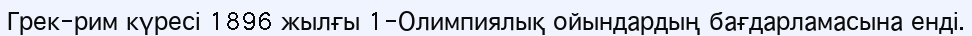
Грек-рим күресі 1896 жылғы 1-Олимпиялық ойындардың бағдарламасына енді.